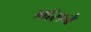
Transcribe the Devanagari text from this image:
गॉसने